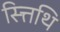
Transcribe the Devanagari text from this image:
स्त्तिथि